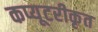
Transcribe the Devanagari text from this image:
कप्यूटरीकृत